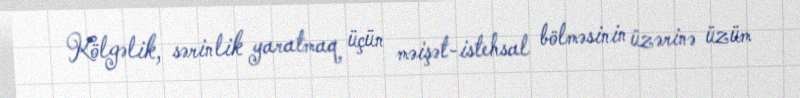
Kölgəlik, sərinlik yaratmaq üçün məişət-istehsal bölməsinin üzərinə üzüm